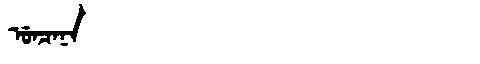
Manchu: ᡠᠨᠴᠠᠨᠠ
Romanization: UNCANA